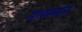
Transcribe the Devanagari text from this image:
मारम्मत